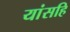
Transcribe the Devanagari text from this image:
यांसहि